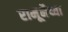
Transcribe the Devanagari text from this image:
रामूभैय्या